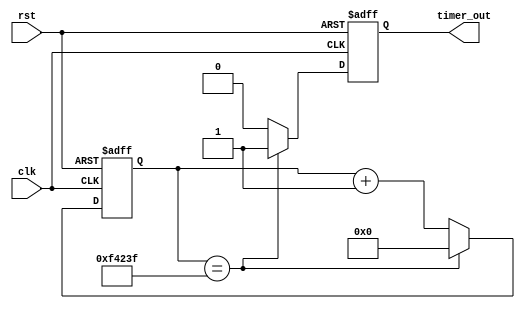
module periodic_timer(
  input wire clk,
  input wire rst,
  output reg timer_out
);

reg [31:0] count;
reg [31:0] period = 1000000; // default period of 1ms

always @(posedge clk or posedge rst) begin
  if (rst) begin
    count <= 0;
    timer_out <= 0;
  end else begin
    if (count == period-1) begin
      count <= 0;
      timer_out <= 1;
    end else begin
      count <= count + 1;
      timer_out <= 0;
    end
  end
end

endmodule